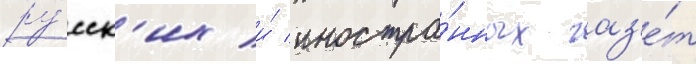
ру́сск'их и́ иностра́нных газ'е́т